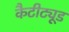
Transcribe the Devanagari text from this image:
कैटीट्यूड